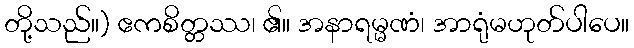
တို့သည်။) ဧကစိတ္တဿ၊ ၏။ အနာရမ္မဏံ၊ အာရုံမဟုတ်ပါပေ။